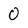
Character: 0